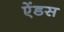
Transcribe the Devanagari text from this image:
ऐंडस